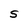
Character: S